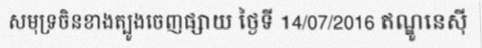
សមុទ្រចិនខាងត្បូងចេញផ្សាយ ថ្ងៃទី 14/07/2016 ឥណ្ឌូនេស៊ី